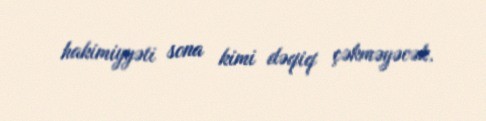
hakimiyyəti sona kimi dəqiq çəkməyəcək.